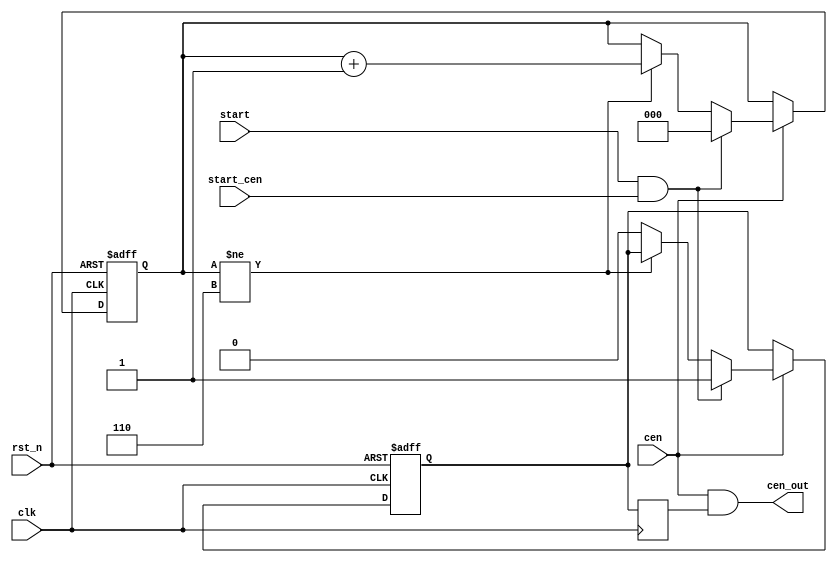
/* This file is part of JT12.


    JT12 program is free software: you can redistribute it and/or modify
    it under the terms of the GNU General Public License as published by
    the Free Software Foundation, either version 3 of the License, or
    (at your option) any later version.

    JT12 program is distributed in the hope that it will be useful,
    but WITHOUT ANY WARRANTY; without even the implied warranty of
    MERCHANTABILITY or FITNESS FOR A PARTICULAR PURPOSE.  See the
    GNU General Public License for more details.

    You should have received a copy of the GNU General Public License
    along with JT12.  If not, see <http://www.gnu.org/licenses/>.

    Author: Jose Tejada Gomez. Twitter: @topapate
    Version: 1.0
    Date: 21-03-2019
*/

// Let a fixed number of clock enable pulses to pass through

module jt10_cen_burst #(parameter cntmax=3'd6, cntw=3)(
    input           rst_n,
    input           clk,
    input           cen,      // 8MHz cen
    input           start,
    input           start_cen,
    output          cen_out
);

reg [cntw-1:0] cnt;
reg last_start;
reg pass;

always @(posedge clk or negedge rst_n)
    if( !rst_n ) begin
        cnt  <= {cntw{1'b1}};
        pass <= 1'b0;
    end else if(cen) begin
        last_start <= start;
        if( start && start_cen ) begin
            cnt  <= 'd0;
            pass <= 1'b1;
        end else begin
            if(cnt != cntmax ) cnt <= cnt+1;
            else pass <= 1'b0;
        end
    end

reg pass_negedge;
assign cen_out = cen & pass_negedge;

always @(negedge clk) begin
    pass_negedge <= pass;
end

endmodule // jt10_cen_burst